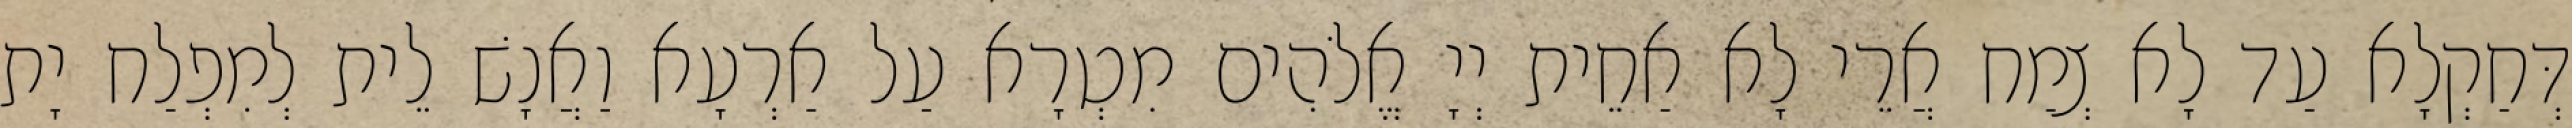
דְּחַקְלָא עַד לָא צְמַח אֲרֵי לָא אַחֵית יְיָ אֱלֹהִים מִטְרָא עַל אַרְעָא וַאֲנָשׁ לֵית לְמִפְלַח יָת